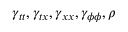
\gamma _ { t t } , \gamma _ { t x } , \gamma _ { x x } , \gamma _ { \phi \phi } , \rho